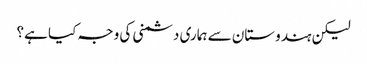
لیکن ہندوستان سے ہماری دشمنی کی وجہ کیا ہے؟